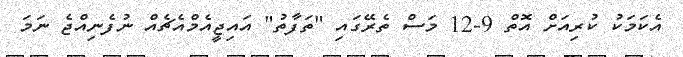
އެކަމަކު ކުރިއަށް އޮތް 9-12 މަސް ތެރޭގައި "ތަފާތު" އައިޖީއެމްއެޗެއް ނުފެނިއްޖެ ނަމަ